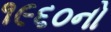
૧૯૬૦નો